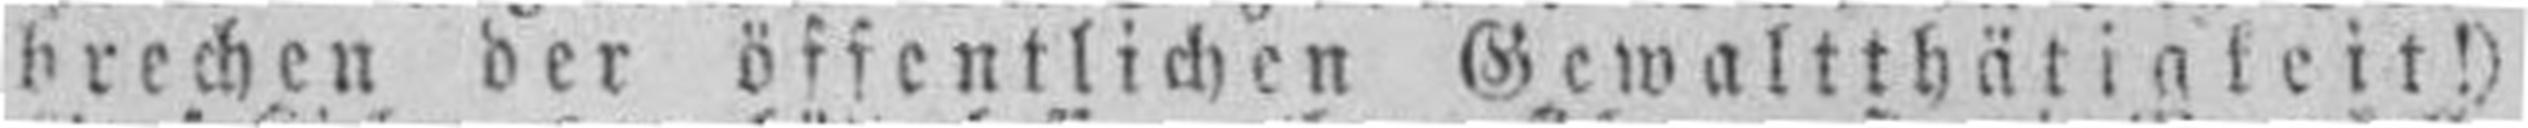
brechen der öffentlichen Gewaltthätigkeit!)